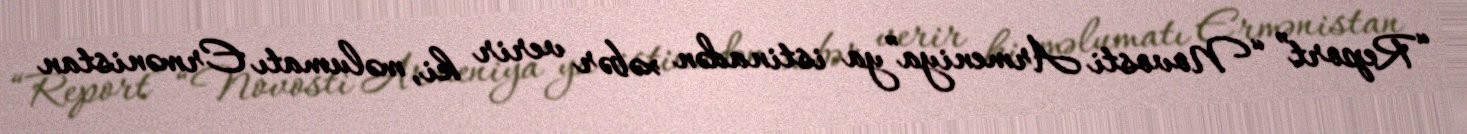
“Report” “Novosti Armeniya”ya istinadən xəbər verir ki, məlumatı Ermənistan